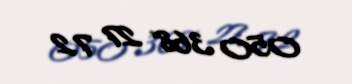
050 368 27 72